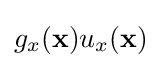
g_{x}(\mathbf {x} )u_{x}(\mathbf {x} )